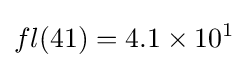
fl(41)=4.1\times 10^{1}